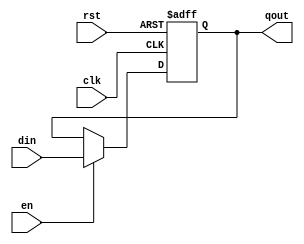
module register (

	input        rst ,
	input        clk ,
	input        en ,
	input  [6:0] din ,
	output [6:0] qout
);

   reg [6:0] qout;
	
	always @ (posedge clk or negedge rst)
		begin 
			if(rst == 0)
				qout <= 8'b00000000;
			else if(en)
				qout <= din;
		end

endmodule